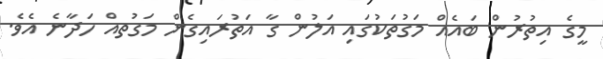
މީގެ އިތުރުން ބައެއް މަގުތަކުގައި އަލުން ގާ އަތުރައިގެން މަގުތއް ހަދާނެ އެވެ.